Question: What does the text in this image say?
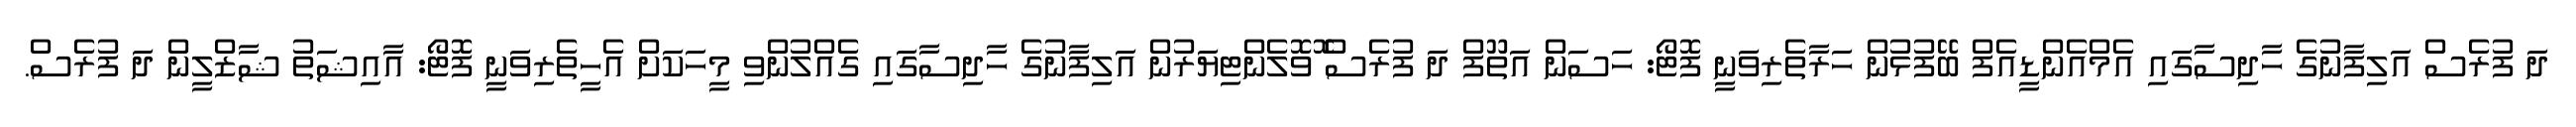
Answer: ދަ ފުރެސް އަލިފާނުގެ ހާދިސާގައި އެމްއެންޑީއެފް ބޭފުޅުން ހަރާތެރިވަނީ ފޮޓޯ: ހަސަން އަތޫފް ދަ ފުރެސް ޮވޮލެންޓިޔަރުން އަލިފާނުގެ ހާދިސާގައި ގެއްލުންވި މީހަކަށް އެހީތެރިވަނީ ފޮޓޯ: އާއިޝަތު ޝާޒްލީން ދަ ފުރެސް.